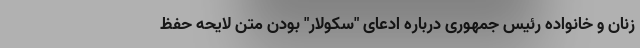
زنان و خانواده رئیس جمهوری درباره ادعای "سکولار" بودن متن لایحه حفظ